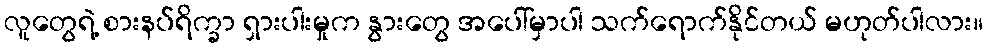
လူတွေရဲ့ စားနပ်ရိက္ခာ ရှားပါးမှုက နွားတွေ အပေါ်မှာပါ သက်ရောက်နိုင်တယ် မဟုတ်ပါလား။